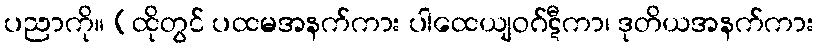
ပညာကို။ (ထိုတွင် ပထမအနက်ကား ပါထေယျဝဂ်ဋီကာ၊ ဒုတိယအနက်ကား